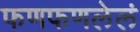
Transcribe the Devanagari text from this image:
फणफणलेलं